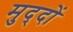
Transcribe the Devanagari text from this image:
मुद्‍दों